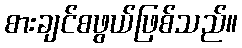
စားချင်စဖွယ်ဖြစ်သည်။